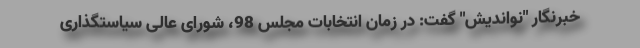
خبرنگار "نواندیش" گفت: در زمان انتخابات مجلس 98، شورای عالی سیاستگذاری